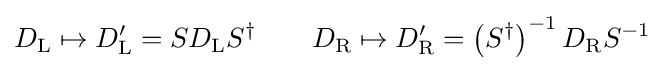
D_{\rm {L}}\mapsto D_{\rm {L}}^{\prime }=SD_{\rm {L}}S^{\dagger }\qquad D_{\rm {R}}\mapsto D_{\rm {R}}^{\prime }=\left(S^{\dagger }\right)^{-1}D_{\rm {R}}S^{-1}